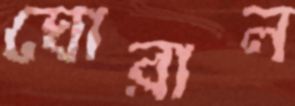
ঘোরাল